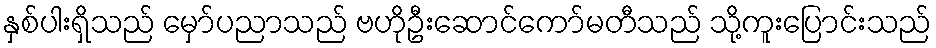
နှစ်ပါးရှိသည် မှော်ပညာသည် ဗဟိုဦးဆောင်ကော်မတီသည် သို့ကူးပြောင်းသည်